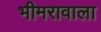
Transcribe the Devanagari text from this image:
भीमरावाला